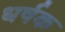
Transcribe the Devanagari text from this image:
धर्षक